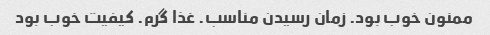
ممنون خوب بود. زمان رسیدن مناسب. غذا گرم. کیفیت خوب بود